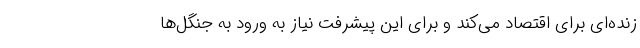
زنده‌ای برای اقتصاد می‌کند و برای این پیشرفت نیاز به ورود به جنگل‌ها